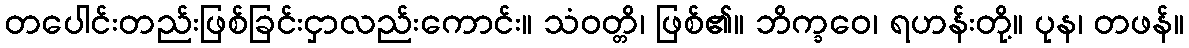
တပေါင်းတည်းဖြစ်ခြင်းငှာလည်းကောင်း။ သံဝတ္တိ၊ ဖြစ်၏။ ဘိက္ခဝေ၊ ရဟန်းတို့။ ပုန၊ တဖန်။